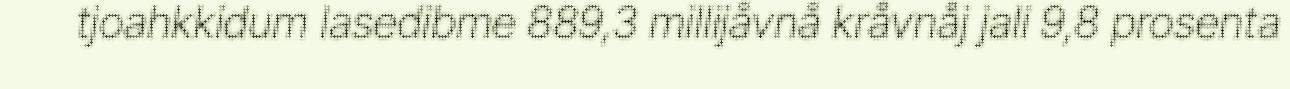
tjoahkkidum lasedibme 889,3 millijåvnå kråvnåj jali 9,8 prosenta